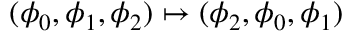
( \phi _ { 0 } , \phi _ { 1 } , \phi _ { 2 } ) \mapsto ( \phi _ { 2 } , \phi _ { 0 } , \phi _ { 1 } )